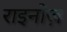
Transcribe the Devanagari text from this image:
राइनोज़